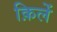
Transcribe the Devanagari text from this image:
क़िलें